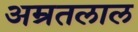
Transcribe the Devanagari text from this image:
अम्रतलाल